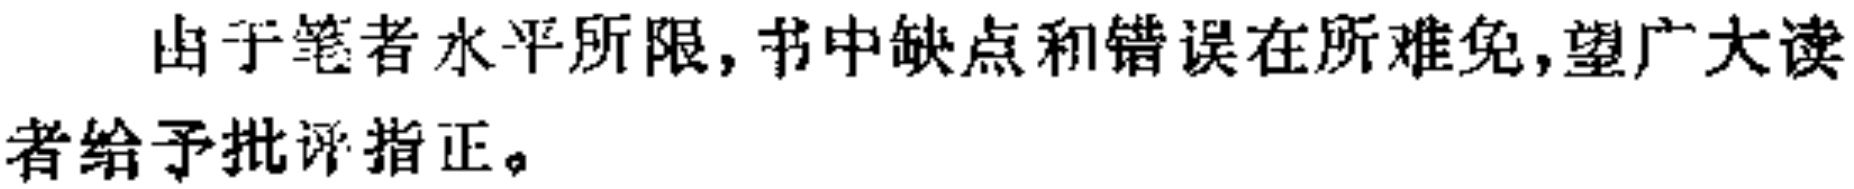
由于笔者水平所限,书中缺点和错误在所难免,望广大读者给予批评指正。